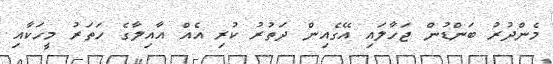
މެންދުރު ބަންޑުން ޖަހާލައި އޭގެއިން ދަތުރު ކުރި އެއް އާއިލާގެ ހަތަރު މީހަކާއި